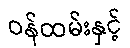
ဝန်ထမ်းနှင့်